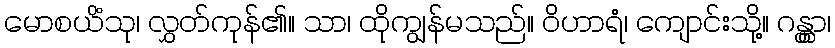
မောစယိံသု၊ လွှတ်ကုန်၏။ သာ၊ ထိုကျွန်မသည်။ ဝိဟာရံ၊ ကျောင်းသို့။ ဂန္တွာ၊